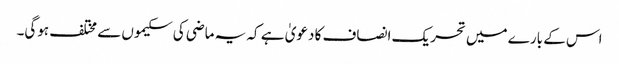
اس کے بارے میں تحریک انصاف کا دعویٰ ہے کہ یہ ماضی کی سکیموں سے مختلف ہوگی۔